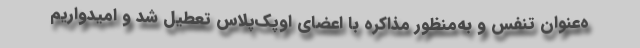
ه‌عنوان تنفس و به‌منظور مذاکره با اعضای اوپک‌پلاس تعطیل شد و امیدواریم